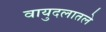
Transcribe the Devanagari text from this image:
वायुदलातले